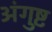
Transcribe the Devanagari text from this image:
अंगुष्ट